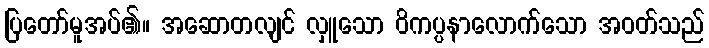
ပြတော်မူအပ်၏။ အဆောတလျင် လှူသော ဝိကပ္ပနာလောက်သော အဝတ်သည်